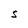
Character: S